Burma Government Medical School reports 1923-41
Year: 1923
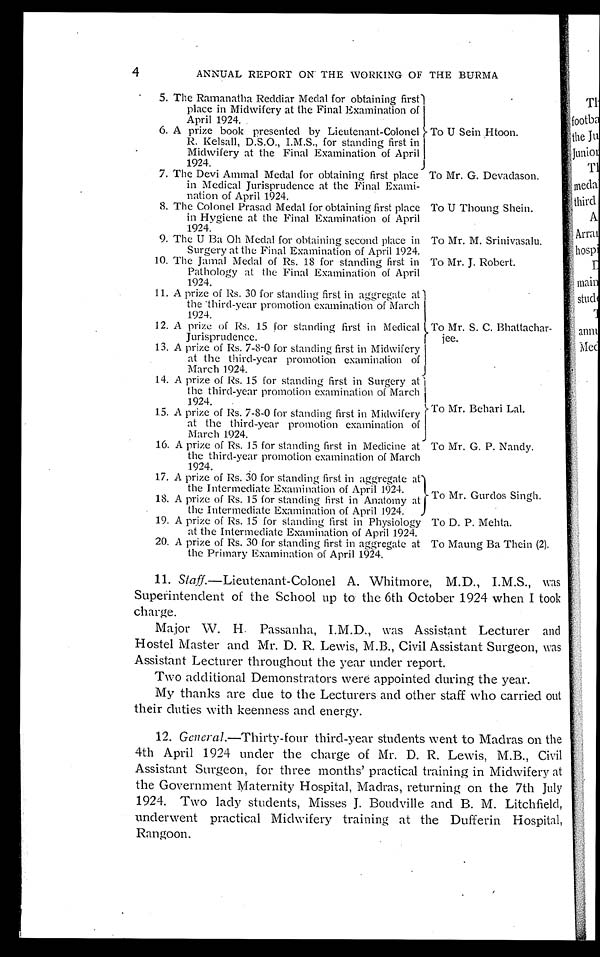
To U Sein Htoon.
To Mr. G. Devadason.
To U Thoung Shein.
To Mr. M. Srinivasalu.
To Mr. J. Robert.
To Mr. Behari Lal.
To Mr. G. P. Nandy.
To Mr. Gurdos Singh.
To D. P. Mehta.
To Maung Ba Thein (2).
4 ANNUAL REPORT ON' THE WORKING OF THE BURMA
5. The Ramanatha Reddiar Medal for obtaining first
place in Midwifery at the Final Examination of
April 1924.
6 . A p r i z e b o o k p r e s e n t e d b y L i e u t e n a n t - C o l o n e l
R. Kelsall, D.S.O., I.M.S., for standing first in
Midwifery at the Final Examination of April
1924.
7. The Devi Ammal Medal for obtaining first place
in Medical Jurisprudence at the Final Exami
-nation of April 1924.
8. The Colonel Prasad Medal for obtaining first place
in Hygiene at the Final Examination of April
1924.
9. The U Ba Oh Medal for obtaining second place in
Surgery at the Final Examination of April 1924.
10. The Jamal Medal of Rs. 18 for standing first in
Pathology at the Final Examination of April
1924.
1 1 . A p r i z e o f R s . 3 0 f o r s t a n d i n g f i r s t i n a g g r e g a t e a t the third-year promotion examination of March
.1924.
12. A prize of Rs. 15 for standing first in Medical
Jurisprudence.
1 3 . A p r i z e o f R s . 7 - 8 - 0 f o r s t a n d i n g f i r s t i n M i d w i f e r y at the third-year promotion examination of
March 1924.
1 4 . A p r i z e o f R s . 1 5 f o r s t a n d i n g f i r s t i n S u r g e r y a t the third-year promotion examination of March
1924.
1 5 . A p r i z e o f R s . 7 - 8 - 0 f o r s t a n d i n g f i r s t i n M i d w i f e r y at the third-year promotion examination of
March 1924.
16. A prize of Rs. 15 for standing first in Medicine at
the third-year promotion examination of March
1924.
17. A prize of Rs. 30 for standing first in aggregate at
the Intermediate Examination of April 1924.
18. A prize of Rs. 15 for standing first in Anatomy at
the Intermediate Examination of April 1924.
19. A prize of Rs. 15 for standing first in Physiology
at the Intermediate Examination of April 1.924.
20. A prize of Rs. 30 for standing first in aggregate at
the Primary Examination of April 1924.
To Mr. S. C. Bhattachar
-jee.
11. Staff.—Lieutenant-Colonel A. Whitmore, M.D., I.M.S., was
Superintendent of the School up to the 6th October 1924 when I took
charge.
Major W. H. Passanha, I.M.D., was Assistant Lecturer and
Hostel Master and Mr. D. R. Lewis, M.B., Civil Assistant Surgeon, was
Assistant Lecturer throughout the year under report.
Two additional Demonstrators were appointed during the year.
My thanks are due to the Lecturers and other staff who carried out
their duties with keenness and energy.
12. General.—Thirty-four third-year students went to Madras on the
4th April 1924 under the charge of Mr. D. R. Lewis, M.B., Civil
Assistant Surgeon, for three months' practical training in Midwifery at
the Government Maternity Hospital, Madras, returning on the 7th July
1924. Two lady students, Misses J. Boudville and B. M. Litchfield,
underwent practical Midwifery training at the Dufferin Hospital,
Rangoon.